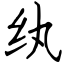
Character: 纨